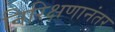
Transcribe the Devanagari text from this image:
निरिक्षणानंतर